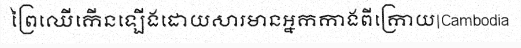
ព្រៃឈើកើនឡើងដោយសារមានអ្នកកាងពីក្រោយ|Cambodia